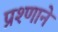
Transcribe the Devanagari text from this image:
प्रश्णाने